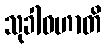
သုခါဝဟာတိ